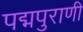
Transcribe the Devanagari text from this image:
पद्मपुराणी